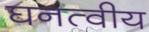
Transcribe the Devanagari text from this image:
घनत्वीय